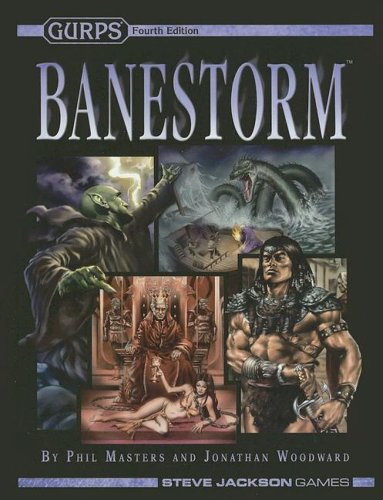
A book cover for GURPS Banestorm (GURPS 4th Edition Roleplaying); Phil Masters; Science Fiction & Fantasy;